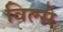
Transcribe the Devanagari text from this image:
विल्से